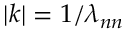
| k | = 1 / \lambda _ { n n }